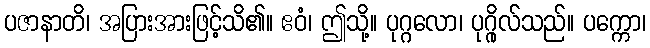
ပဇာနာတိ၊ အပြားအားဖြင့်သိ၏။ ဧဝံ၊ ဤသို့။ ပုဂ္ဂလော၊ ပုဂ္ဂိုလ်သည်။ ပက္ကော၊